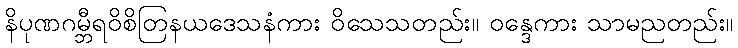
နိပုဏဂမ္ဘီရဝိစိတြနယဒေသနံကား ဝိသေသတည်း။ ဝန္ဒေကား သာမညတည်း။